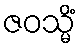
ဇဝသ္မိံ